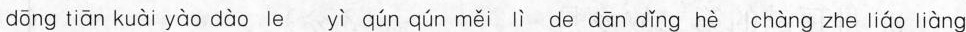
dāng tiān kuài yào dào le yì qún qún měi lì de dān dǐng hè chàng zhe liáo liàng